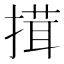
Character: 搑